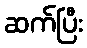
ဆက်ပြီး